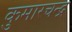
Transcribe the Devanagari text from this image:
कुमारचन्द्र